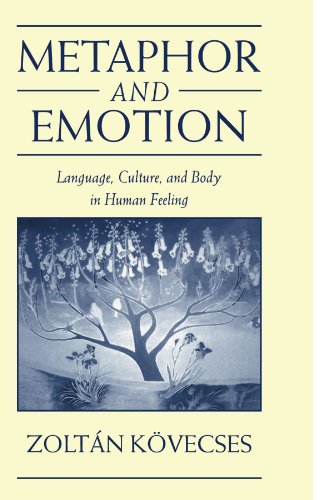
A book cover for Metaphor and Emotion: Language, Culture, and Body in Human Feeling (Studies in Emotion and Social Interaction); ZoltÃ¡n KÃ¶vecses; Medical Books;